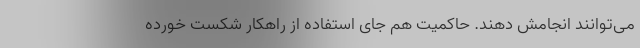
می‌توانند انجامش دهند. حاکمیت هم جای استفاده از راهکار شکست خورده